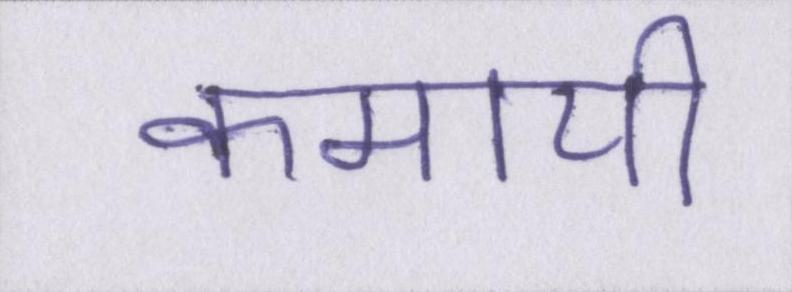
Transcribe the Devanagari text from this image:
कमायी